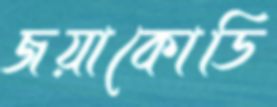
জয়াকোডি